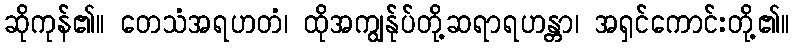
ဆိုကုန်၏။ တေသံအရဟတံ၊ ထိုအကျွန်ုပ်တို့ဆရာရဟန္တာ၊ အရှင်ကောင်းတို့၏။